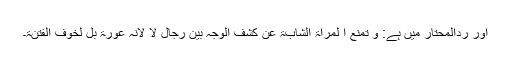
اور ردالمحتار میں ہے: و تمنع ا لمراۃ الشابۃ عن کشف الوجہ بین رجال لا لانہ عورۃ بل لخوف الفتنۃ۔